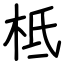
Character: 柢